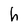
Character: h